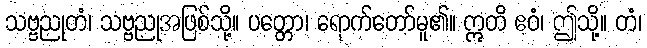
သဗ္ဗညုတံ၊ သဗ္ဗညုအဖြစ်သို့။ ပတ္တော၊ ရောက်တော်မူ၏။ ဣတိ ဧဝံ၊ ဤသို့။ တံ၊